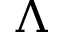
\Lambda